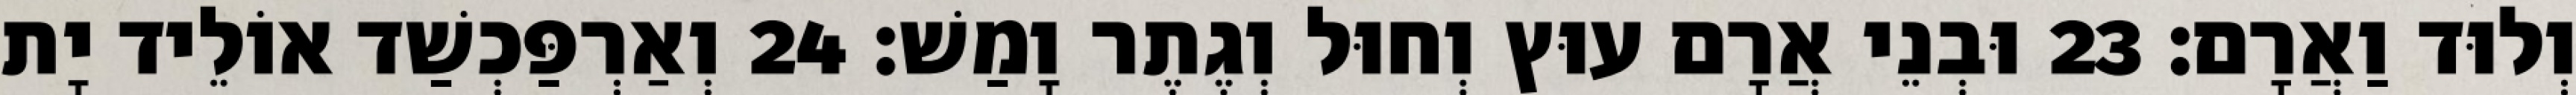
וְלוּד וַאֲרָם׃ 23 וּבְנֵי אֲרָם עוּץ וְחוּל וְגֶתֶר וָמַשׁ׃ 24 וְאַרְפַּכְשַׁד אוֹלֵיד יָת